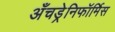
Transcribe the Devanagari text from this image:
अँचड्रेनिफॉर्मिस